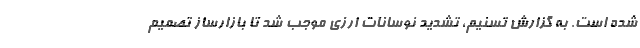
شده است. به گزارش تسنیم، تشدید نوسانات ارزی موجب شد تا بازارساز تصمیم